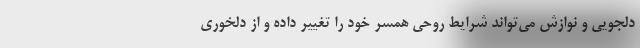
دلجویی و نوازش می‌تواند شرایط روحی همسر خود را تغییر داده و از دلخوری